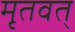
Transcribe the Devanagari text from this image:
मृतवत्